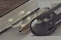
بمناقشة